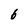
Character: 6